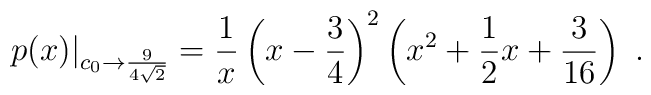
p(x)|_{c_0\to {9\over 4\sqrt{2}}} = {1\over x}\left(x-{3\over 4}\right)^2\left(x^2+{1\over 2}x + {3\over 16}\right)\ .